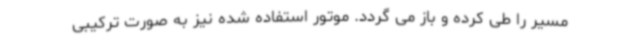
مسیر را طی کرده و باز می گردد. موتور استفاده شده نیز به صورت ترکیبی